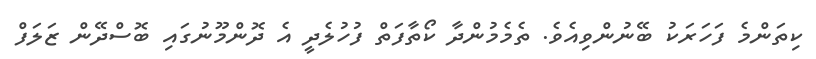
ކިތަންމެ ފަހަރަކު ބޭނުންވިއެވެ. ތެމެމުންދާ ކޯތާފަތް ފުހުލެދީ އެ ދޮންމޫނުގައި ބޮސްދޭން ޒަލަފް